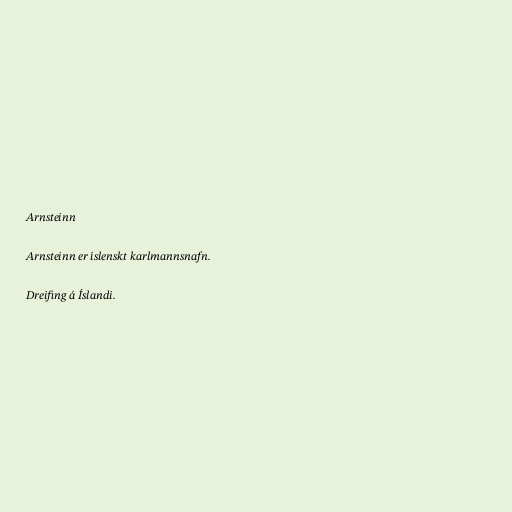
Arnsteinn

Arnsteinn er íslenskt karlmannsnafn.

Dreifing á Íslandi.